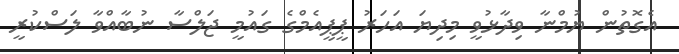
އެގޮތުން ޔުމްނާ ވިދާޅުވީ މިދިޔަ އަހަރު ޕީޕީއެމްގެ ގައުމީ ޖަލްސާ ނުބާއްވާ ލަސްކުރީ